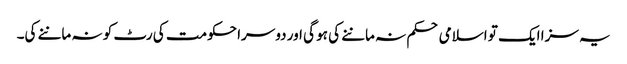
یہ سزا ایک تو اسلامی حکم نہ ماننے کی ہو گی اور دوسرا حکومت کی رٹ کو نہ ماننے کی۔